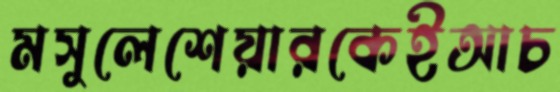
মসুলেশেয়ারকেইআচ